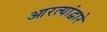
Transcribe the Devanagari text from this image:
आरत्यांद्वारे